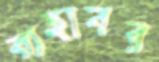
রাহাবর